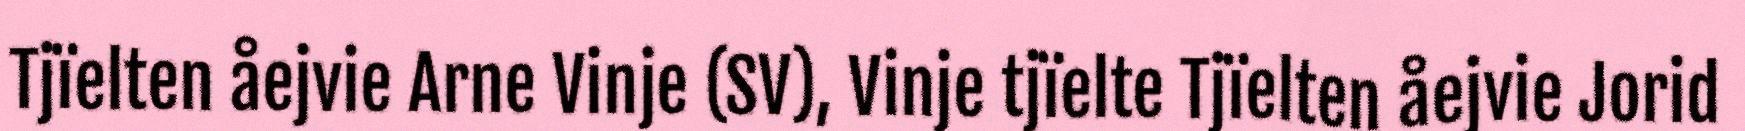
Tjïelten åejvie Arne Vinje (SV), Vinje tjïelte Tjïelten åejvie Jorid